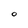
Character: O